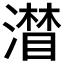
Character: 𱩄